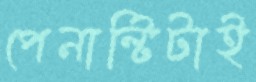
পেনাল্টিটাই